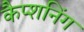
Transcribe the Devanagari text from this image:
कैप्शनिंग